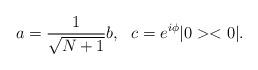
LaTeX: \begin{align*}a=\frac{1}{\sqrt{N+1}}b, ~~ c=e^{i\phi}|0><0|.\end{align*}